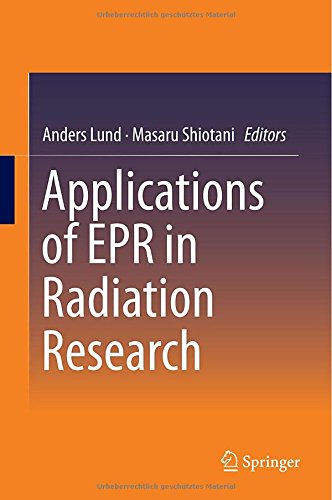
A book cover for Applications of EPR in Radiation Research; Science & Math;